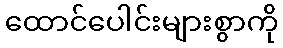
ထောင်ပေါင်းများစွာကို